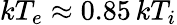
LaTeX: kT_{e}\approx 0.85\, kT_{i}